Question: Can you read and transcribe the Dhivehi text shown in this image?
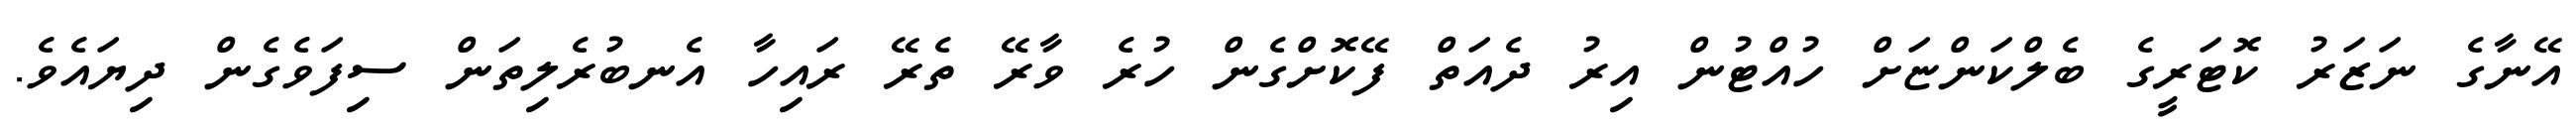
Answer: އޭނާގެ ނަޒަރު ކޮޓަރީގެ ބެލްކަންޏަށް ހުއްޓުން އިރު ދެއަތް ފޭކޮށްގެން ހުރެ ވާރޭ ތެރޭ ރައިހާ އެނބުރެލިތަން ސިފަވެގެން ދިޔައެވެ.